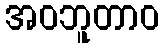
အဝဘူတာဝ